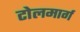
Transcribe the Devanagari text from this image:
टोलमार्ग